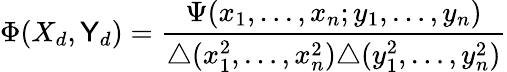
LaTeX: \Phi(X_{d},\mathsf{Y}_{d})=\frac{{\Psi(x_{1},\ldots,x_{n};y_{1},\ldots,y_{n})}}{{\triangle(x_{1}^{2},\ldots,x_{n}^{2})\triangle(y_{1}^{2},\ldots,y_{n}^{2})}}